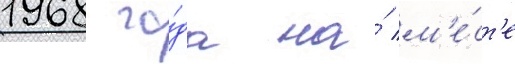
1968 го́да на́ м'е́ст'е